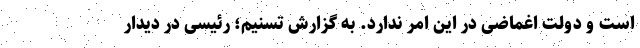
است و دولت اغماضی در این امر ندارد. به گزارش تسنیم؛ رئیسی در دیدار